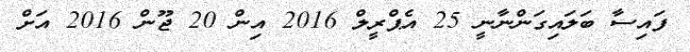
ފައިސާ ބަލައިގަންނާނީ 25 އެޕްރީލް 2016 އިން 20 ޖޫން 2016 އަށް